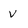
Character: V